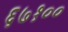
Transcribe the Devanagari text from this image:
६७१००